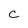
Character: c